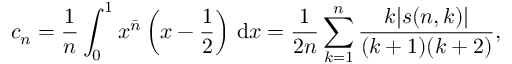
c _ { n } = { \frac { 1 } { n } } \int _ { 0 } ^ { 1 } x ^ { \bar { n } } \left( x - { \frac { 1 } { 2 } } \right) \, \mathrm { { d } } x = { \frac { 1 } { 2 n } } \sum _ { k = 1 } ^ { n } { \frac { k | s ( n , k ) | } { ( k + 1 ) ( k + 2 ) } } ,